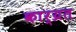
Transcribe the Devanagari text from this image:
कार्य्रत